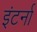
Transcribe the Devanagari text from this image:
इंटर्ना